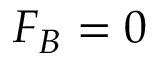
F _ { B } = 0